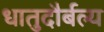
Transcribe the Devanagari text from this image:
धातुदौर्बल्य